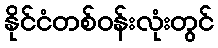
နိုင်ငံတစ်ဝန်းလုံးတွင်